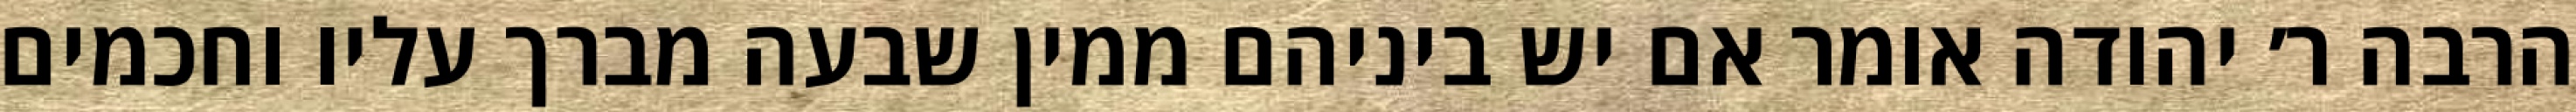
הרבה ר׳ יהודה אומר אם יש ביניהם ממין שבעה מברך עליו וחכמים